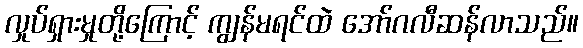
လှုပ်ရှားမှုတို့ကြောင့် ကျွန်မရင်ထဲ အော်ဂလီဆန်လာသည်။